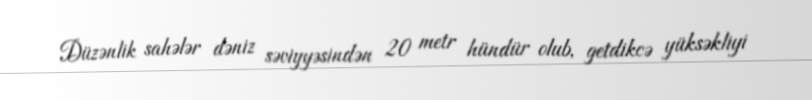
Düzənlik sahələr dəniz səviyyəsindən 20 metr hündür olub, getdikcə yüksəkliyi